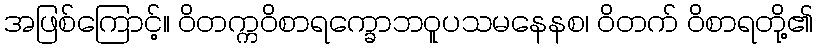
အဖြစ်ကြောင့်။ ဝိတက္ကဝိစာရက္ခောဘဝူပသမနေနစ၊ ဝိတက် ဝိစာရတို့၏